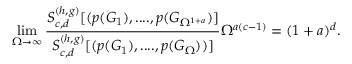
\operatorname* { l i m } _ { \Omega \to \infty } \frac { S _ { c , d } ^ { ( h , g ) } [ ( p ( G _ { 1 } ) , . . . . , p ( G _ { \Omega ^ { 1 + a } } ) ] } { S _ { c , d } ^ { ( h , g ) } [ ( p ( G _ { 1 } ) , . . . . , p ( G _ { \Omega } ) ) ] } \Omega ^ { a ( c - 1 ) } = ( 1 + a ) ^ { d } .